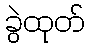
ခွဲထုတ်